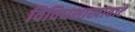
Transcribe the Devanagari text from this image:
विविधशाखावाटे